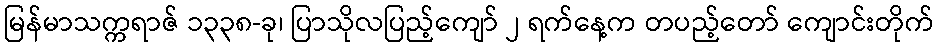
မြန်မာသက္ကရာဇ် ၁၃၃၈-ခု၊ ပြာသိုလပြည့်ကျော် ၂ ရက်နေ့က တပည့်တော် ကျောင်းတိုက်